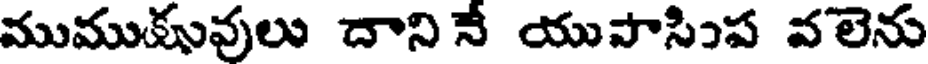
ముముకువులు దాని నే యుపాసింప వలెను